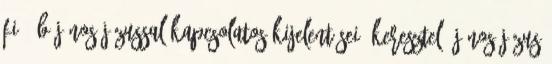
Fiú. b János Jézussal kapcsolatos kijelentései: Keresztelő János Jézus